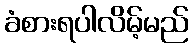
ခံစားရပါလိမ့်မည်